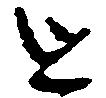
を